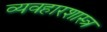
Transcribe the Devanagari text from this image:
व्यवहारशास्त्र